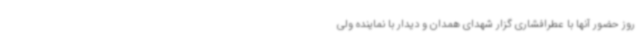
روز حضور آنها با عطرافشاری گزار شهدای همدان و دیدار با نماینده ولی